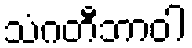
သံဂတီဘာဝါ